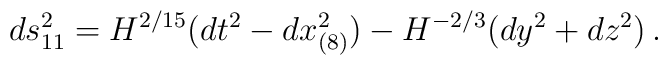
ds^2_{11} = H^{2/15} (dt^2 - dx^2_{(8)}) - H^{-2/3} (dy^2 + dz^2)\, .